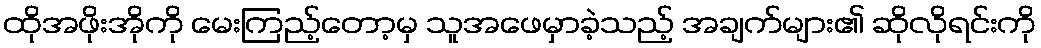
ထိုအဖိုးအိုကို မေးကြည့်တော့မှ သူအဖေမှာခဲ့သည့် အချက်များ၏ ဆိုလိုရင်းကို